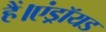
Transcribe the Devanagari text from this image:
हैं।एंड्रॉयड